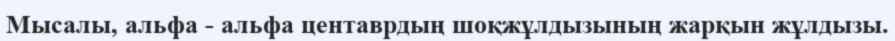
Мысалы, альфа - альфа центаврдың шоқжұлдызының жарқын жұлдызы.